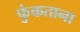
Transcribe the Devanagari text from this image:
फुंकताना